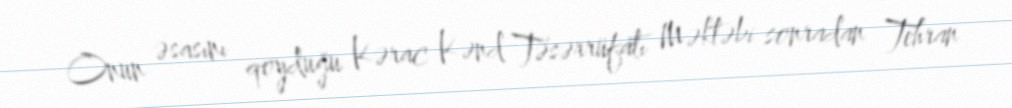
Onun əsasını qoyduğu Kərac Kənd Təsərrüfatı Məktəbi sonradan Tehran